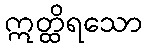
ဣတ္ထိရသော